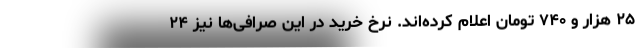
۲۵ هزار و ۷۴۰ تومان اعلام کرده‌اند. نرخ خرید در این صرافی‌ها نیز ۲۴